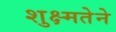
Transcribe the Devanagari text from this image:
शुक्ष्मतेने